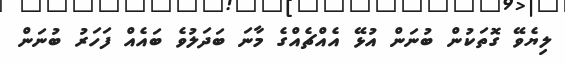
ލިޔެވޭ ގޮތަކުން ބުނަން އުޅޭ އެއްޗެއްގެ މާނަ ބަދަލުވެ ބައެއް ފަހަރު ބުނަން